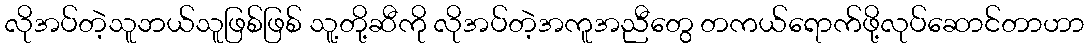
လိုအပ်တဲ့သူဘယ်သူဖြစ်ဖြစ် သူ့တို့ဆီကို လိုအပ်တဲ့အကူအညီတွေ တကယ်ရောက်ဖို့လုပ်ဆောင်တာဟာ